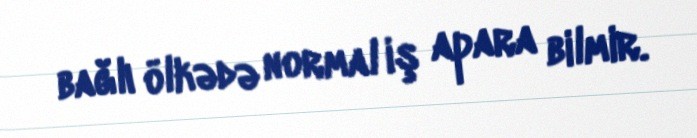
bağlı ölkədə normal iş apara bilmir.